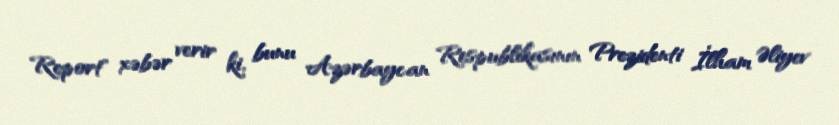
Report" xəbər verir ki, bunu Azərbaycan Respublikasının Prezidenti İlham Əliyev